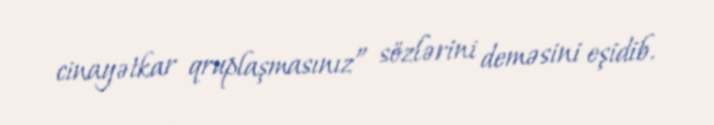
cinayətkar qruplaşmasınız” sözlərini deməsini eşidib.